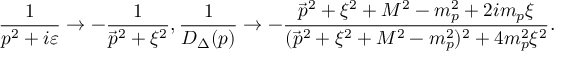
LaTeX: \frac { 1 } { p ^ { 2 } + i \varepsilon } \rightarrow - \frac { 1 } { \vec { p } ^ { 2 } + \xi ^ { 2 } } , \frac { 1 } { D _ { \Delta } ( p ) } \rightarrow - \frac { \vec { p } ^ { 2 } + \xi ^ { 2 } + M ^ { 2 } - m _ { p } ^ { 2 } + 2 i m _ { p } \xi } { ( \vec { p } ^ { 2 } + \xi ^ { 2 } + M ^ { 2 } - m _ { p } ^ { 2 } ) ^ { 2 } + 4 m _ { p } ^ { 2 } \xi ^ { 2 } } .